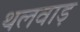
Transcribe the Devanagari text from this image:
थलवाड़